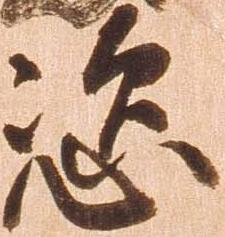
恣